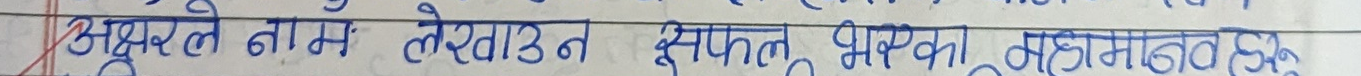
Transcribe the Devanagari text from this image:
अक्षरले नाम लेखाउन सफल भएका महाम नेत्रु